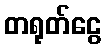
တရုတ်ငွေ